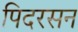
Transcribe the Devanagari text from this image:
पिदरसन